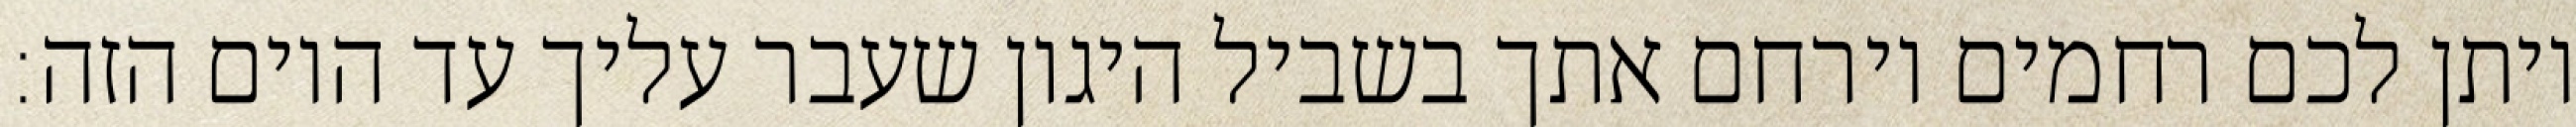
ויתן לכם רחמים וירחם אתך בשביל היגון שעבר עליך עד היום הזה: